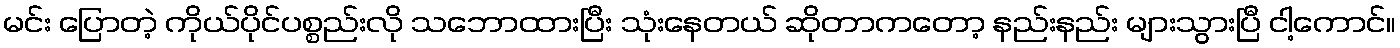
မင်း ပြောတဲ့ ကိုယ်ပိုင်ပစ္စည်းလို သဘောထားပြီး သုံးနေတယ် ဆိုတာကတော့ နည်းနည်း များသွားပြီ ငါ့ကောင်။